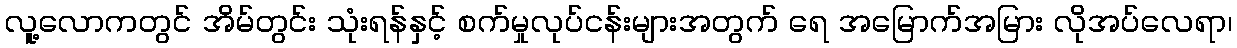
လူ့လောကတွင် အိမ်တွင်း သုံးရန်နှင့် စက်မှုလုပ်ငန်းများအတွက် ရေ အမြောက်အမြား လိုအပ်လေရာ၊